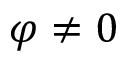
\varphi \neq 0